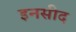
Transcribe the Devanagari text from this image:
इनसीद